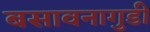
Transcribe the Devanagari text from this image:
बसावनागुडी